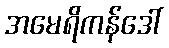
အမေရိကန်ဒေါ်